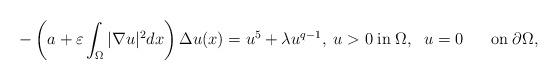
LaTeX: \begin{align*}-\left(a+\varepsilon \displaystyle \int_\Omega |\nabla u|^2dx\right)\Delta u(x)=u^5+\lambda u^{q-1}, \;u>0\;\textrm{in}\;\Omega, \;\;u=0\;\;\;\;\;\;\textrm{on}\; \partial\Omega,\end{align*}